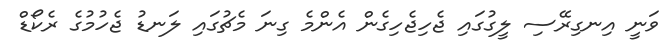
ވަނީ އިނގިރޭސި ލީގުގައި ޖެހިޖެހިގެން އެންމެ ގިނަ މެޗުގައި ލަނޑު ޖެހުމުގެ ރެކޯޑް